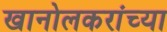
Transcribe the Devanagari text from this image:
खानोलकरांच्या